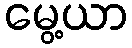
မွေ့ယာ